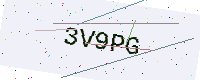
Text: 3V9PG